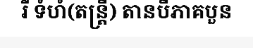
រឺ ទំហំ(តន្ត្រី) តានបីភាគបួន